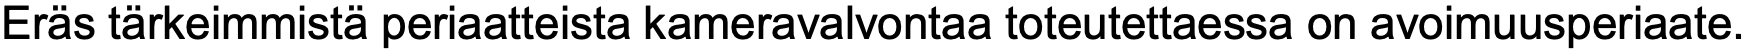
Eräs tärkeimmistä periaatteista kameravalvontaa toteutettaessa on avoimuusperiaate.